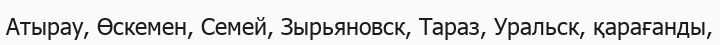
Атырау, Өскемен, Семей, Зырьяновск, Тараз, Уральск, қарағанды,